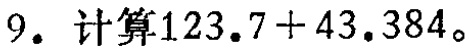
9. 计算\(123.7 + 43.384\)。